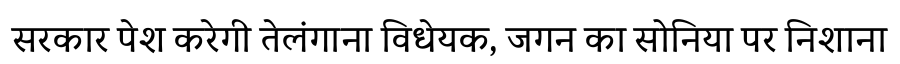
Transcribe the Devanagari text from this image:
सरकार पेश करेगी तेलंगाना विधेयक, जगन का सोनिया पर निशाना